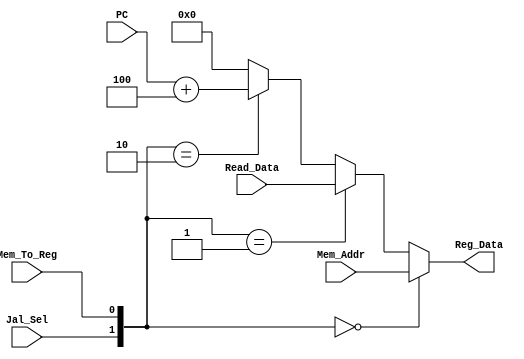
`timescale 1ns / 1ps
//////////////////////////////////////////////////////////////////////////////////
// Company: 
// Engineer: 
// 
// Design Name: 
// Module Name:    wd3_sel 
// Project Name: 
// Target Devices: 
// Tool versions: 
// Description: 
//
// Dependencies: 
//
// Revision: 
// Revision 0.01 - File Created
// Additional Comments: 
//
//////////////////////////////////////////////////////////////////////////////////
module wd3_sel (
    input [31:0] Mem_Addr,
    input [31:0] Read_Data,
    input [31:0] PC,
    input Jal_Sel,
    input Mem_To_Reg,

    output [31:0] Reg_Data
);

    wire [1:0] wd3ctr = {Jal_Sel, Mem_To_Reg};

    assign Reg_Data =   (wd3ctr == 0)?Mem_Addr:
                        (wd3ctr == 1)?Read_Data:
                        (wd3ctr == 2)?(PC + 4):
                        0;

endmodule